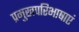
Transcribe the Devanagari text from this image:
प्रमुखपरिभाषाएं